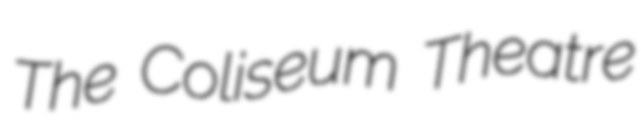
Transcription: The Coliseum Theatre